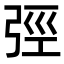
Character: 弳